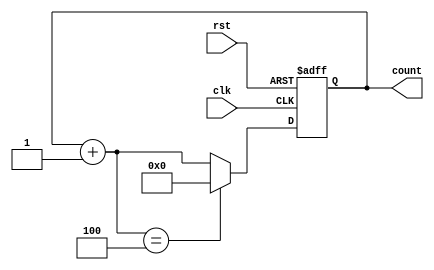
module ModulusCounter (
  input wire clk,  // Clock input
  input wire rst,  // Reset input
  output reg [N-1:0] count // Output count value
);

parameter N = 4;  // Modulus value
reg [N-1:0] count_next;  // Next count value

always @ (posedge clk or posedge rst)
begin
  if (rst) begin
    count <= 0;  // Reset count value
  end
  else begin
    count <= count_next;  // Update count value
  end
end

always @ (*)
begin
  count_next = count + 1;  // Increment count value
  if (count_next == N) begin
    count_next = 0;  // Reset count value if modulus reached
  end
end

endmodule